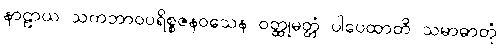
နာဠာယ သကဘာဝပရိစ္စဇနဝသေန ဝတ္ထုမတ္တံ ပါပေထာတိ သမာဓာတုံ